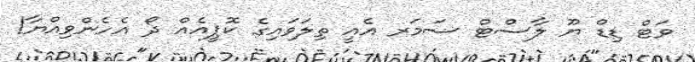
ވަޓް ޑިޑް ޔޫ ލާސްޓް ސަމަރ އެއީ ތިލަވައިގެ ކޮޕީއެއް ދޯ އެހެންވިއްޔާ!